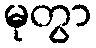
မုတွာ